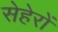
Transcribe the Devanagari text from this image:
सेहेरों